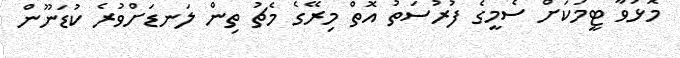
މޮޅުވާ ޓީމަކަށް ސެމީގެ ފުރުސަތު އޮތް މިރޭގެ މެޗު ތިން ލަނޑަށްވުރެ ކުޑަނޫން